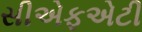
સીએફએટી